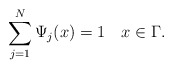
\begin{align*}\sum_{j=1}^N \Psi_j(x) = 1 \quad x\in\Gamma. \end{align*}